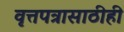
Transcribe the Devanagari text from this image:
वृत्तपत्रासाठीही